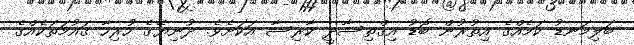
ބަލިމަނޑު ކަމެއްގެ އިތުރުން ބޮޑު އިގްތިސާދީ ކާރިސާ އަކަށެވެ. ދުނިޔޭގެ ހުރިހާ ގައުމަތަކެއްގެ